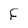
Character: F